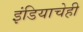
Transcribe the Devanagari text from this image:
इंडियाचेही